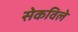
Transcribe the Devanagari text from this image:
सेकविले